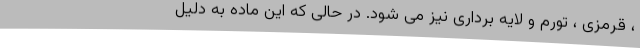
، قرمزی ، تورم و لایه برداری نیز می شود. در حالی که این ماده به دلیل